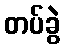
တပ်ခွဲ